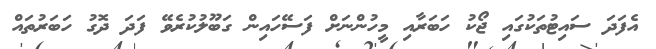
އެފަދަ ސައިޓުތަކުގައި ޖޯކު ހަބަރާއި މީހުންނަށް ފަސޭހައިން ގަބޫލުކުރެވޭ ފަދަ ދޮގު ހަބަރުތައް